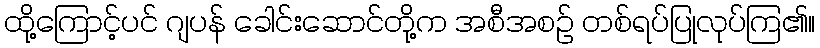
ထို့ကြောင့်ပင် ဂျပန် ခေါင်းဆောင်တို့က အစီအစဉ် တစ်ရပ်ပြုလုပ်ကြ၏။